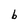
Character: b